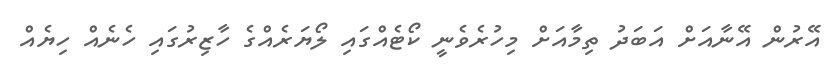
އޭރުން އޭނާއަށް އަބަދު ތިމާއަށް މިހުރެވެނީ ކޯޓެއްގައި ލޯޔަރެއްގެ ހާޒިރުގައި ހެނެއް ހިޔެއް